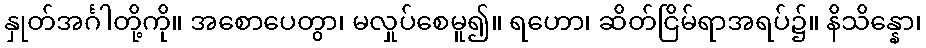
နှုတ်အင်္ဂါတို့ကို။ အစောပေတွာ၊ မလှုပ်စေမူ၍။ ရဟော၊ ဆိတ်ငြိမ်ရာအရပ်၌။ နိသိန္နော၊